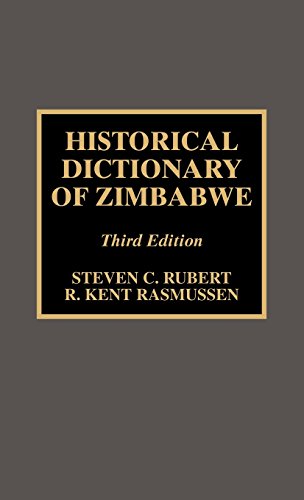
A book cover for Historical Dictionary of Zimbabwe; Steven C. Rubert; History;